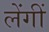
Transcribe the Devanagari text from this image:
लेंगीं